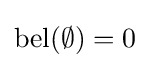
\operatorname {bel} (\emptyset )=0